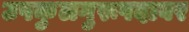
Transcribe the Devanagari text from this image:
उपकुलगुरूपदावर